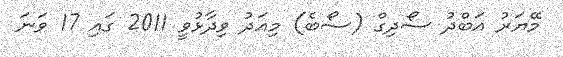
މޭޔަރު އަބްދު ސޯދިގް (ސޯބެ) މިއަދު ވިދާޅުވީ 2011 ގައި 17 ވަނަ